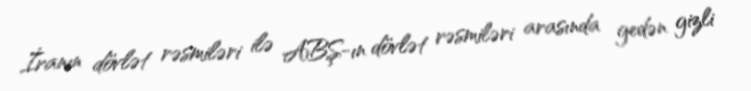
İranın dövlət rəsmiləri ilə ABŞ-ın dövlət rəsmiləri arasında gedən gizli